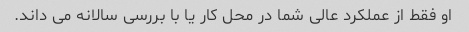
او فقط از عملکرد عالی شما در محل کار یا با بررسی سالانه می داند.